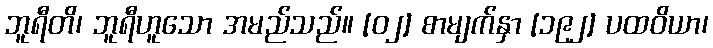
ဘူရီတိ၊ ဘူရီဟူသော အမည်သည်။ [၀၂] စာမျက်နှာ [၁၉၂] ပထဝိယာ၊